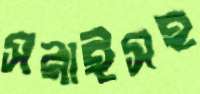
সরাইসহ